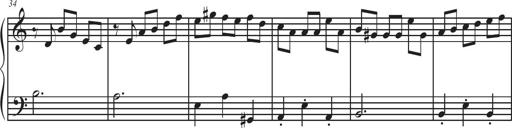
Title: Sonatina Espania
Composer: Jerald Franklin Archer
Key: Various